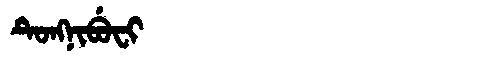
Manchu: ᡨᡠᠩᠨᡳᠪᡠᠸᡳ
Romanization: TUNGNIBUFI